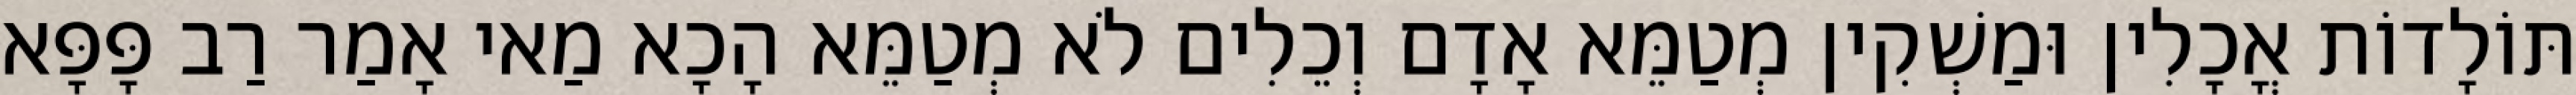
תּוֹלָדוֹת אֳכָלִין וּמַשְׁקִין מְטַמֵּא אָדָם וְכֵלִים לֹא מְטַמֵּא הָכָא מַאי אָמַר רַב פָּפָּא